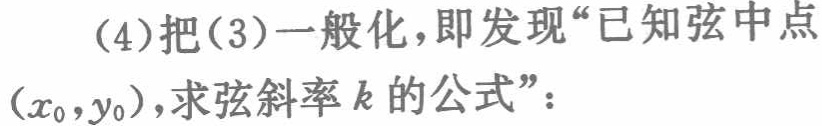
（4）把（3）一般化，即发现“已知弦中点\((x_{0},y_{0})\)，求弦斜率\(k\)的公式”：